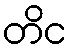
တိင